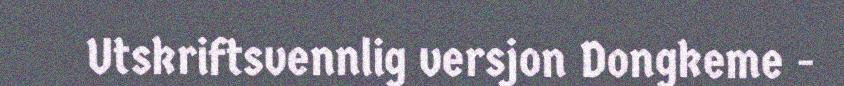
Utskriftsvennlig versjon Dongkeme -